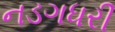
નડગધરી